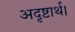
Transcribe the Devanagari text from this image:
अदृष्टार्थ।